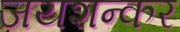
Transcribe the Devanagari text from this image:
जयशन्कर